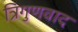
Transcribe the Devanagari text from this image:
त्रिगुणवाद